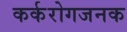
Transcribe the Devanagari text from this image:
कर्करोगजनक